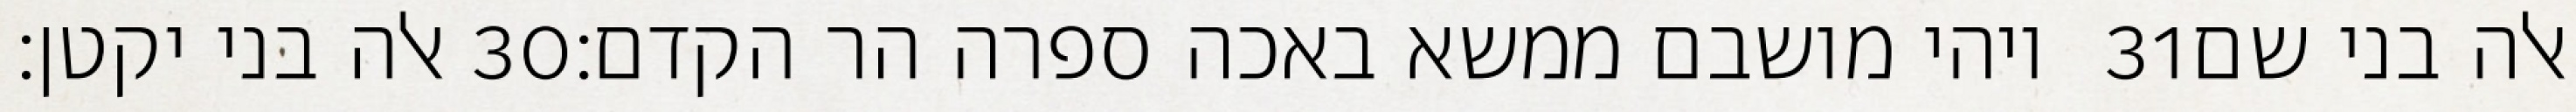
אלה בני יקטן׃ ‎30‏ ויהי מושבם ממשא באכה ספרה הר הקדם׃ ‎31‏ אלה בני שם